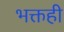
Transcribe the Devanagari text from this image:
भक्तही